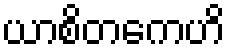
ယာစိတကေဟိ